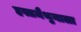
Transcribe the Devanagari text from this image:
हस्तमैथुनाला